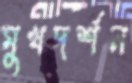
মুখদর্শন